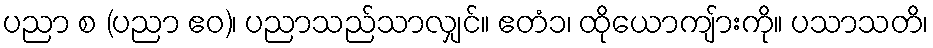
ပညာ စ (ပညာ ဧဝ)၊ ပညာသည်သာလျှင်။ ဧတံ၁၊ ထိုယောကျ်ားကို။ ပသာသတိ၊